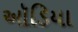
ઑડિયા